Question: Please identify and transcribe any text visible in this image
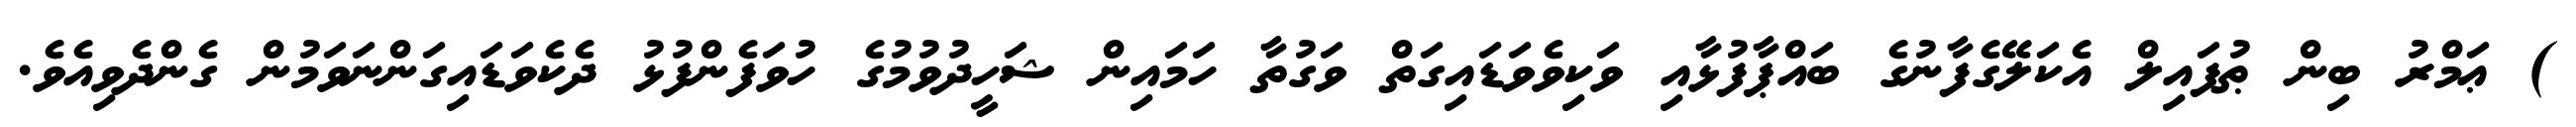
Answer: ) ޢަމްރު ބިން ޠުފައިލް އެކަލޭގެފާނުގެ ބައްޕާފުޅާއި ވަކިވެވަޑައިގަތް ވަގުތާ ހަމައިން ޝަހީދުވުމުގެ ހުވަފެންފުޅު ދެކެވަޑައިގަންނަވަމުން ގެންދެވިއެވެ.